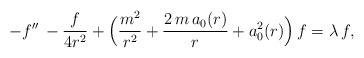
LaTeX: \begin{align*} -f''\, - \frac{f}{4 r^2} + \Big(\frac {m^2}{r^2}+ \frac{2\, m\, a_0(r)}{r} +a^2_0(r)\Big)\, f = \lambda\, f,\end{align*}